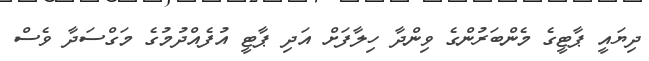
ދިޔައީ ޕާޓީގެ މެންބަރުންގެ ވިންދާ ހިލާފަށް އަދި ޕާޓީ އުފެއްދުމުގެ މަގްސަދާ ވެސް